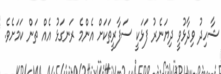
ޝާހިދު ވިދާޅުވީ ދިޔަނެރު ފަޅަކީ ސަފާރީތަކަށް އެންމެ ރަނގަޅު އެއް ތަން ކަމަށެވެ.